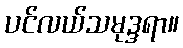
ပင်လယ်သမုဒ္ဒရာ။